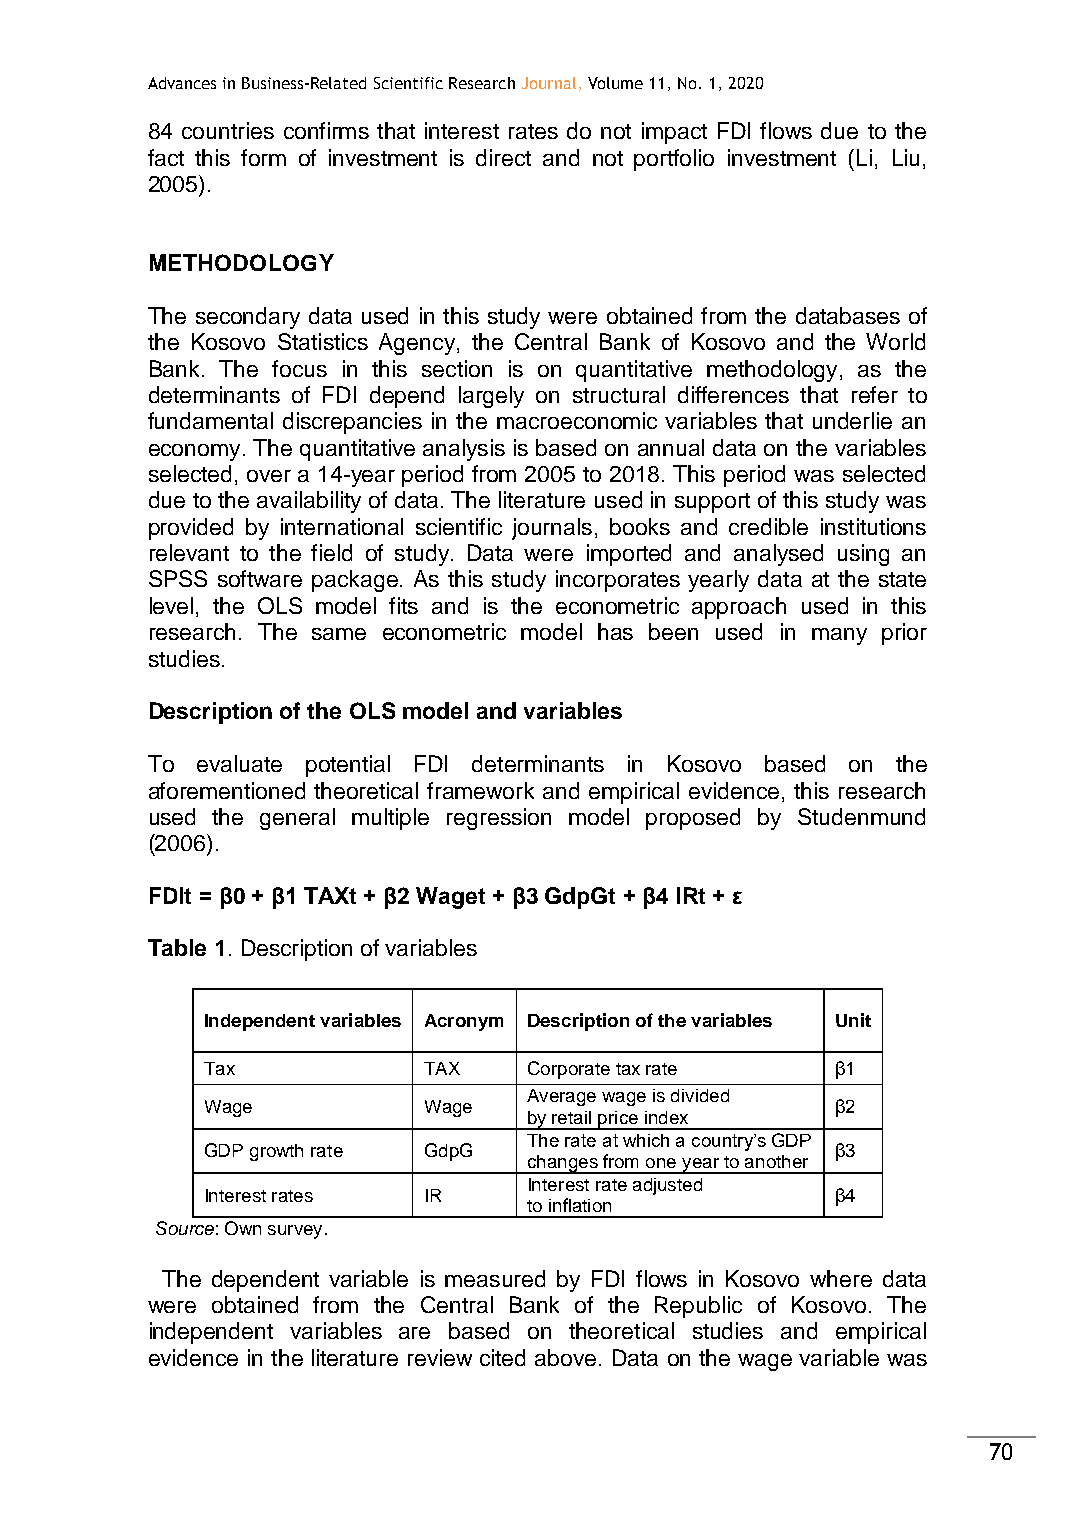
Advances in Business-Related Scientific Research Journal, Volume 11, No. 1, 2020
 84 countries confirms that interest rates do not impact FDI flows due to the
 fact this form of investment is direct and not portfolio investment (Li, Liu,
 2005).
 METHODOLOGY
 The secondary data used in this study were obtained from the databases of
 the Kosovo Statistics Agency, the Central Bank of Kosovo and the World
 Bank. The focus in this section is on quantitative methodology, as the
 determinants of FDI depend largely on structural differences that refer to
 fundamental discrepancies in the macroeconomic variables that underlie an
 economy. The quantitative analysis is based on annual data on the variables
 selected, over a 14-year period from 2005 to 2018. This period was selected
 due to the availability of data. The literature used in support of this study was
 provided by international scientific journals, books and credible institutions
 relevant to the field of study. Data were imported and analysed using an
 SPSS software package. As this study incorporates yearly data at the state
 level, the OLS model fits and is the econometric approach used in this
 research. The same econometric model has been used in many prior
 studies.
 Description of the OLS model and variables
 To evaluate potential FDI determinants in Kosovo based on the
 aforementioned theoretical framework and empirical evidence, this research
 used the general multiple regression model proposed by Studenmund
 (2006).
 FDIt = β0 + β1 TAXt + β2 Waget + β3 GdpGt + β4 IRt + ε
 Table 1. Description of variables
 Independent variables Acronym Description of the variables Unit
 Tax            TAX    Corporate tax rate  β1
 Average wage is divided
 Wage           Wage                       β2
 by retail price index
 The rate at which a country’s GDP
 GDP growth rate GdpG                      β3
 changes from one year to another
 Interest rate adjusted
 Interest rates IR                         β4
 to inflation
 Source: Own survey.
 The dependent variable is measured by FDI flows in Kosovo where data
 were obtained from the Central Bank of the Republic of Kosovo. The
 independent variables are based on theoretical studies and empirical
 evidence in the literature review cited above. Data on the wage variable was
 70